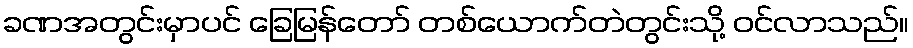
ခဏအတွင်းမှာပင် ခြေမြန်တော် တစ်ယောက်တဲတွင်းသို့ ဝင်လာသည်။